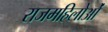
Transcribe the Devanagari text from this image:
राजमहिलोओं